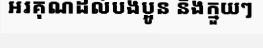
អរគុណដល់បងប្អូន និងក្មួយៗ